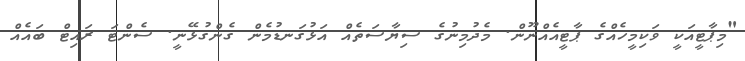
"މިޕާޓީއަކީ ވަކިމީހެއްގެ ޕާޓީއެއްނޫން. މެދުމިނުގެ ސިޔާސަތެއް އަޅުގަނޑުމެން ގެންގުޅޭނީ. ސެންޓަ ރައިޓް ބައެއް